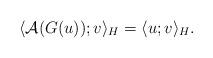
LaTeX: \begin{align*}\langle \mathcal{A}(G(u)) ; v \rangle_H = \langle u;v \rangle_H.\end{align*}